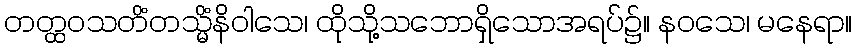
တတ္ထဝသတိံတသ္မိံနိဝါသေ၊ ထိုသို့သဘောရှိသောအရပ်၌။ နဝသေ၊ မနေရာ။